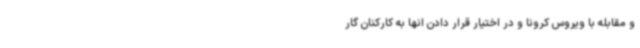
و مقابله با ویروس کرونا و در اختیار قرار دادن انها به کارکنان گار